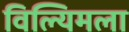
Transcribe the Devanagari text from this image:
विल्यिमला